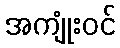
အကျုံးဝင်